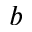
b